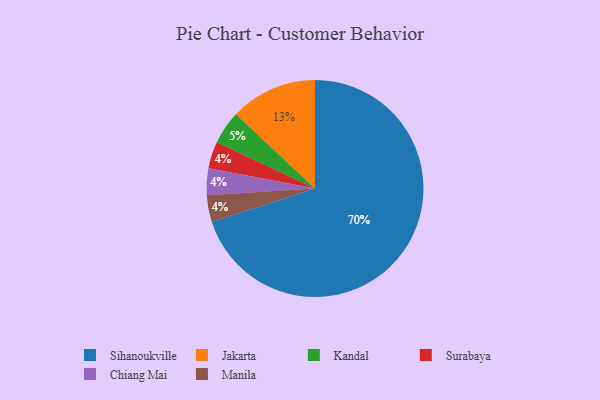
{"axis": {"x": "Category", "y": "Percentage"}, "legend": ["Chiang Mai", "Jakarta", "Kandal", "Manila", "Sihanoukville", "Surabaya"], "data": [{"x": "Sihanoukville", "y": 70, "type": "Sihanoukville"}, {"x": "Kandal", "y": 5, "type": "Kandal"}, {"x": "Jakarta", "y": 13, "type": "Jakarta"}, {"x": "Surabaya", "y": 4, "type": "Surabaya"}, {"x": "Chiang Mai", "y": 4, "type": "Chiang Mai"}, {"x": "Manila", "y": 4, "type": "Manila"}]}